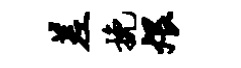
差挽煨